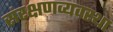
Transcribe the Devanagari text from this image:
संरक्षणव्यवस्था